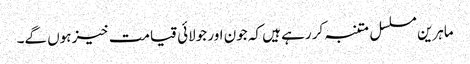
ماہرین مسلسل متنبہ کر رہے ہیں کہ جون اور جولائی قیامت خیز ہوں گے۔